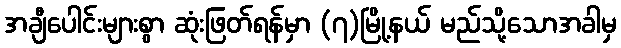
အချီပေါင်းများစွာ ဆုံးဖြတ်ရန်မှာ (၇)မြို့နယ် မည်သို့သောအခါမှ